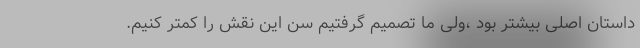
داستان اصلی بیشتر بود ،ولی ما تصمیم گرفتیم سن این نقش را کمتر کنیم.